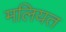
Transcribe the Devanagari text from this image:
मलियत